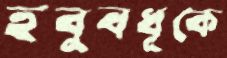
হবুবধূকে